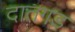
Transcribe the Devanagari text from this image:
दातगड